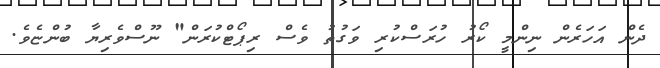
ދެން އަހަރެން ނިންމީ ކޯރު ހުރަސްކުރި ވަގުތު ވެސް ރިޕޯޓްކުރަން" ނޫސްވެރިޔާ ބުންޏެވެ.